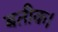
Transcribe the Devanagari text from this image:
बतीक।